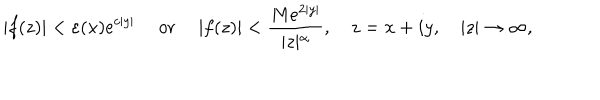
\vert f ( z ) \vert < \varepsilon ( x ) e ^ { c \vert y \vert } \quad \textrm { o r } \quad \vert f ( z ) \vert < \frac { M e ^ { 2 \vert y \vert } } { \vert z \vert ^ { \alpha } } , \quad z = x + i y , \quad \vert z \vert \to \infty ,